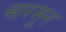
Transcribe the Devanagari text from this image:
सारसून